Report on sanitation, dispensaries, and jails in Rajputana for 1914, and on vaccination for the year 1914-1915 - 1914-1915
Year: 1914
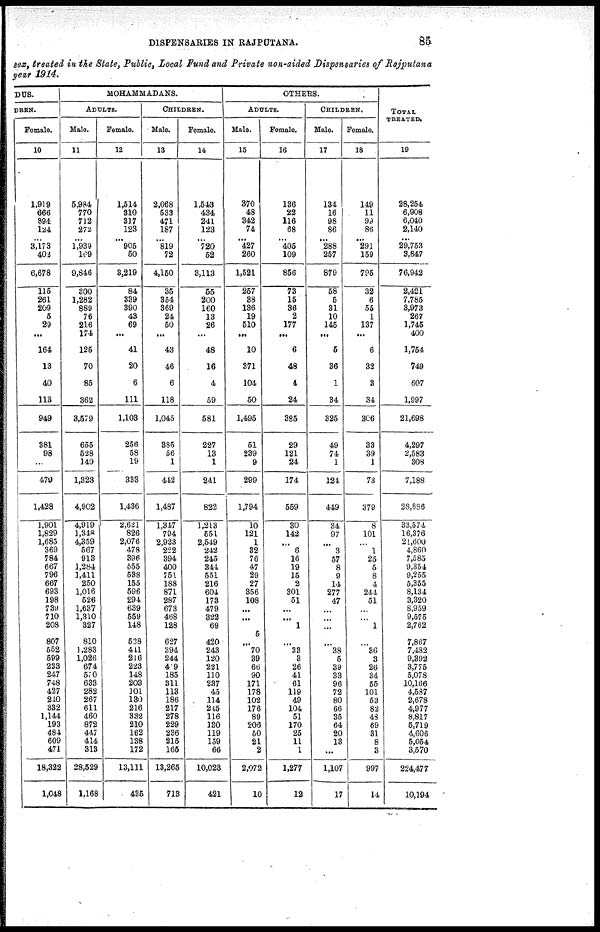
DISPENSARIES IN RAJPUTANA.
85
sex, treated in the State, Public, Local Fund and Private non-aided Dispensaries of Rajputana
year 1914.
DUS.
DREN.
Female.
10
1,919
666
394
124
...
3,173
402
6,678
115
261
209
5
29
...
164
13
40
113
949
381
98
...
479
1,428
1,901
1,829
1,685
369
784
667
796
667
693
198
739
710
208
807
552
599
223
247
748
427
240
332
1,144
193
484
609
471
18,322
1,048
MOHAMMADANS.
ADULTS.
Male.
11
5,984
770
712
272
...
1,939
169
9,846
300
1,282
889
76
216
174
125
70
85
362
3,579
655
528
140
1,323
4,902
4,919
1,348
4,359
567
913
1,284
1,411
250
1,016
526
1,637
1,310
327
810
1,283
1,026
674
570 633
282
267
611
460
872
447
414
313
28,529
1,168
Female.
12
1,514
310
317
123
... 905
50
3,219
84
339
390
43
69
...
41
20
6
111
1,103
256
58
19
333
1,436
2,621
826
2,076
478
396
555
588
155
596
294
639
559
148
538
411
216
223
148
203
101
130
216
332
210
162
138
172
13,111
435
CHILDREN.
Male.
13
2,068
533
471
187
...
819
72
4,150
35
354
369
24
50
...
43
46
6
118
1,045
335
56
1
442
1,487
1,347
794
2,923
222
394
400
751
188
871
287
678
468
128
627
394
244
419
185
311
113
186
217
278
229
236
215
165
13,265
713
Female.
14
1,543
434
241
123
...
720
52
3,113
55
200
160 13
26
...
48
16
4
59
581
227
13
1
241
822
1,213
551
2,549
242
245
344
551
216
604
173
479
322
69
420
243
120
221
110
237
45
114
245
116
130
119
159
66
10,023
421
OTHERS.
ADULTS.
Male.
15
370
48
342
74
... 427
260
1,521
257
38
136
19
510
...
10
371
104
50
1,495
51
239
9
299
1,794
10
121
1
32
76
47
29
27
356
108
...
...
5
...
70
39
66
90
171
178
102
176
89
206
50
21
2
2,072
10
Female.
16
136
22
116
68
...
405
109
856
73
15
36
2
177
...
6
48
4
24
385
29
121
24
174
559
30
142
...
6
16
19
15
2
301
51
...
...
1
...
33
3
26
41
61
119
49
104
51
170
25
11
1
1,277
12
CHILDREN.
Male.
17
134
16
98
86
... 288
257
879
58
5
31
10
145
...
5
36
1
34
325
49
74
1
124
449
34
97
...
3
57
8
9
11
277
47
...
...
...
...
38
5
39
33
96
72
80
66
35
64
20
13
...
1,107
17
Female.
18
149
11
99
86
... 291
159
795
32
6
55
1
137
...
6
32
3
34
306
33
39
1
73
379
8
101
...
1
25
5
8
4
244
51
...
...
1
...
36
3
26
34
55
101
53
82
48
69
31
8
3
997
14
TOTAL
TREATED.
19
28,254
6,908
6,040
2,140
...
29,753
3,847
76,942
2,421
7,785
3,973
267
1,745
400
1,754
749
607
1,997
21,698
4,297
2,583
308
7,188
28,886
33,574
16,376
21,600
4,860
7,585
9,354
9,255
5,355
8,134
3,320
8,959
9,575
2,762
7,867
7,432
9,392
3,775
5,078
10,166
4,587
2,678
4,977
8,817
5,719
4,606
5,054
3,570
224,477
10,194